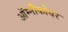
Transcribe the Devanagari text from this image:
ऑम्नीकोयर